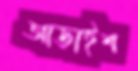
আড়াইশ